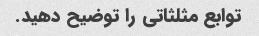
توابع مثلثاتی را توضیح دهید.